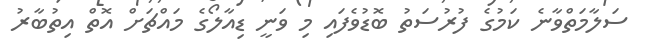
ސަލާމަތްވާނެ ކަމުގެ ފުރުސަތު ބޮޑުވެފައި މި ވަނީ ޑިއާލޯގެ މައްޗަށް އޮތް އިތުބާރު